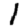
Digit: 1